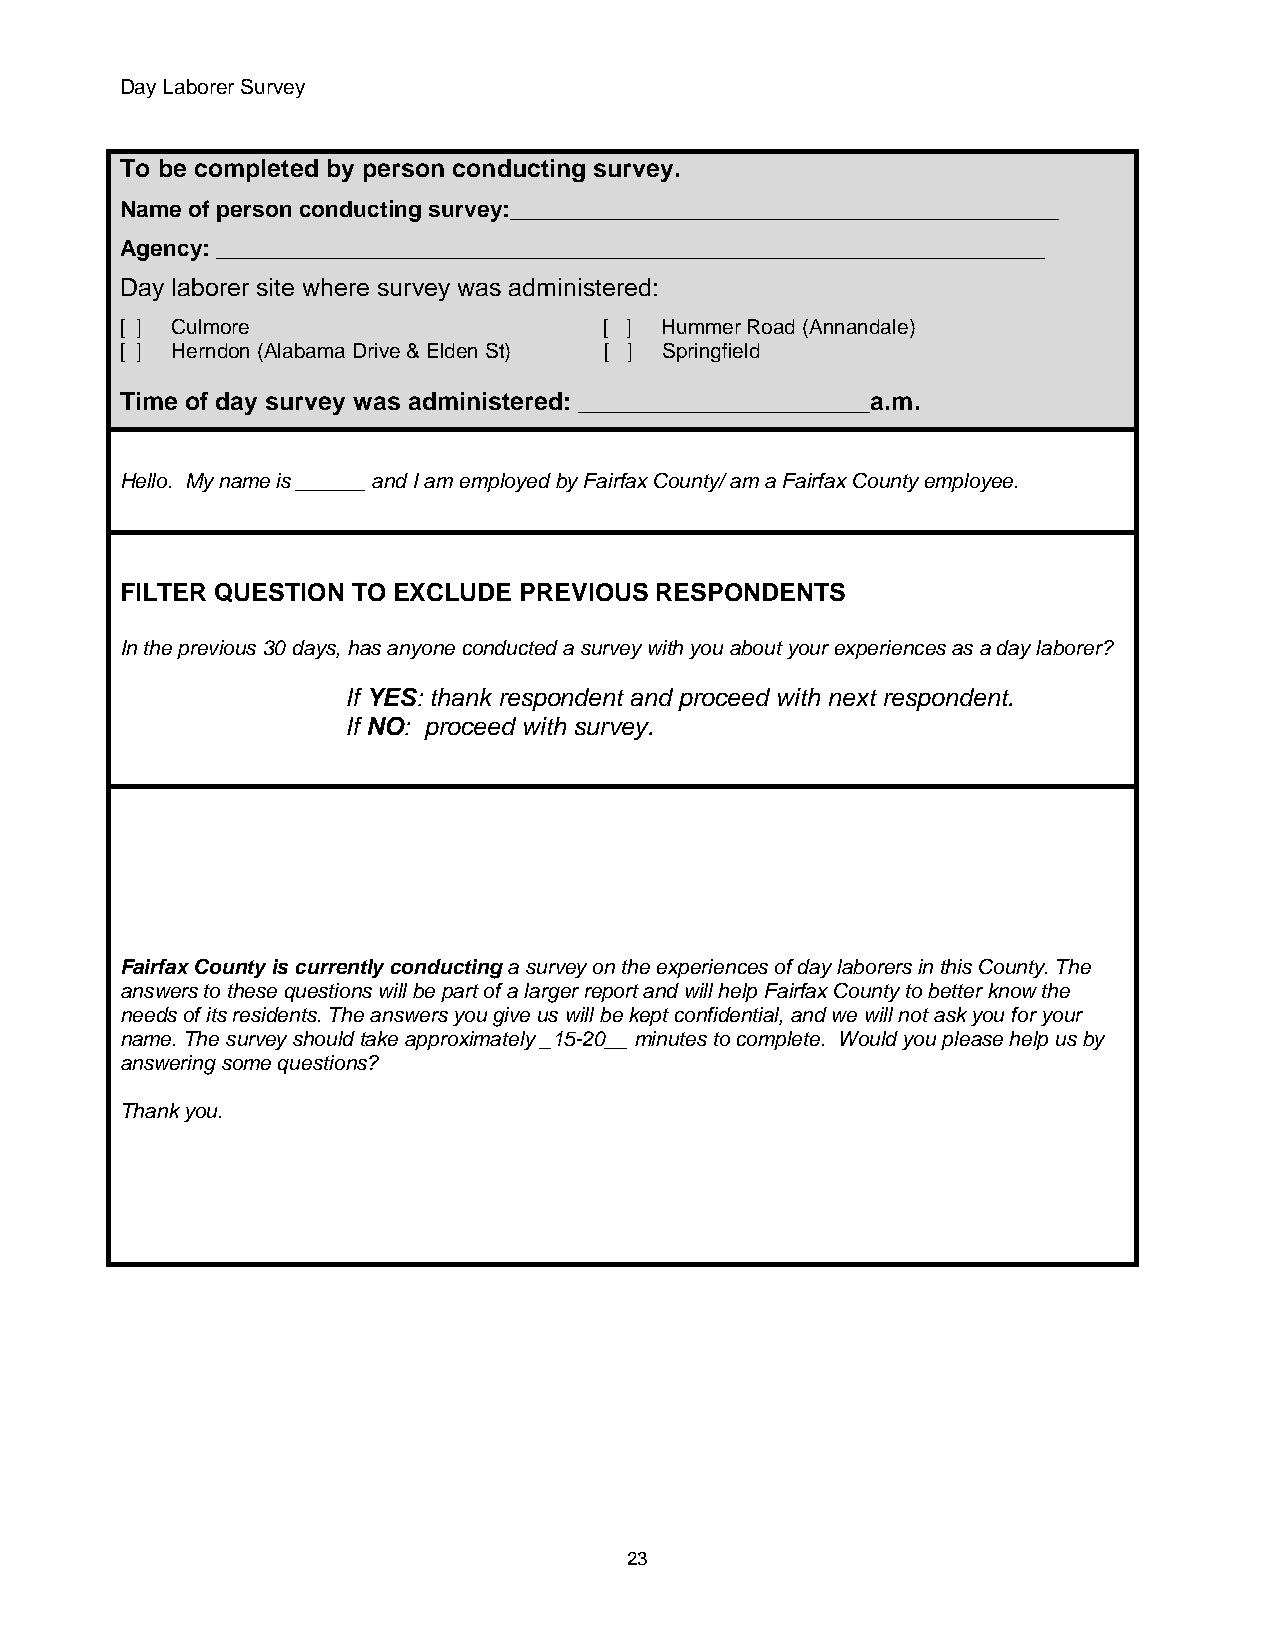
Day Laborer Survey
 To be completed by person conducting survey.
 Name of person conducting survey:___________________________________________
 Agency: _________________________________________________________________
 Day laborer site where survey was administered:
 [ ] Culmore                     [ ] Hummer Road (Annandale)
 [ ] Herndon (Alabama Drive & Elden St) [ ] Springfield
 Time of day survey was administered: _____________________a.m.
 Hello. My name is ______ and I am employed by Fairfax County/ am a Fairfax County employee.
 FILTER QUESTION TO EXCLUDE PREVIOUS RESPONDENTS
 In the previous 30 days, has anyone conducted a survey with you about your experiences as a day laborer?
 If YES: thank respondent and proceed with next respondent.
 If NO: proceed with survey.
 Fairfax County is currently conducting a survey on the experiences of day laborers in this County. The
 answers to these questions will be part of a larger report and will help Fairfax County to better know the
 needs of its residents. The answers you give us will be kept confidential, and we will not ask you for your
 name. The survey should take approximately _15-20__ minutes to complete. Would you please help us by
 answering some questions?
 Thank you.
 23